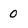
Character: 0